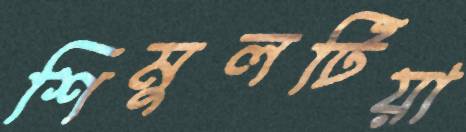
শিমুলটিয়া